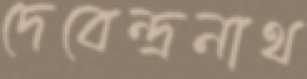
দেবেন্দ্রনাথ